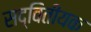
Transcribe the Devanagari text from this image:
सद्वितीयक